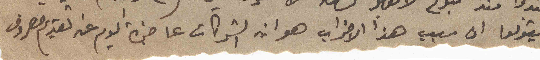
ويقولو ان سبب هذا الاضراب هو انه الشركات عاجزة اليوم عن تقديم مصروف